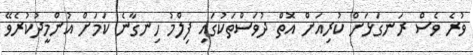
ވުރެ ވެސް ރަނގަޅަށް ކުރިއަށް އޮތް ދުވަސްތަކުގައި ފިލްމު ހިނގާނެ ކަމަށް އުންމީދުކުރެވޭ